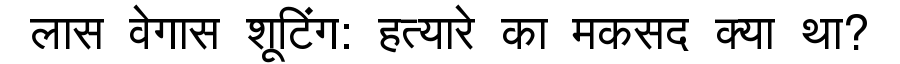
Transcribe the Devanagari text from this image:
लास वेगास शूटिंग: हत्यारे का मकसद क्या था?